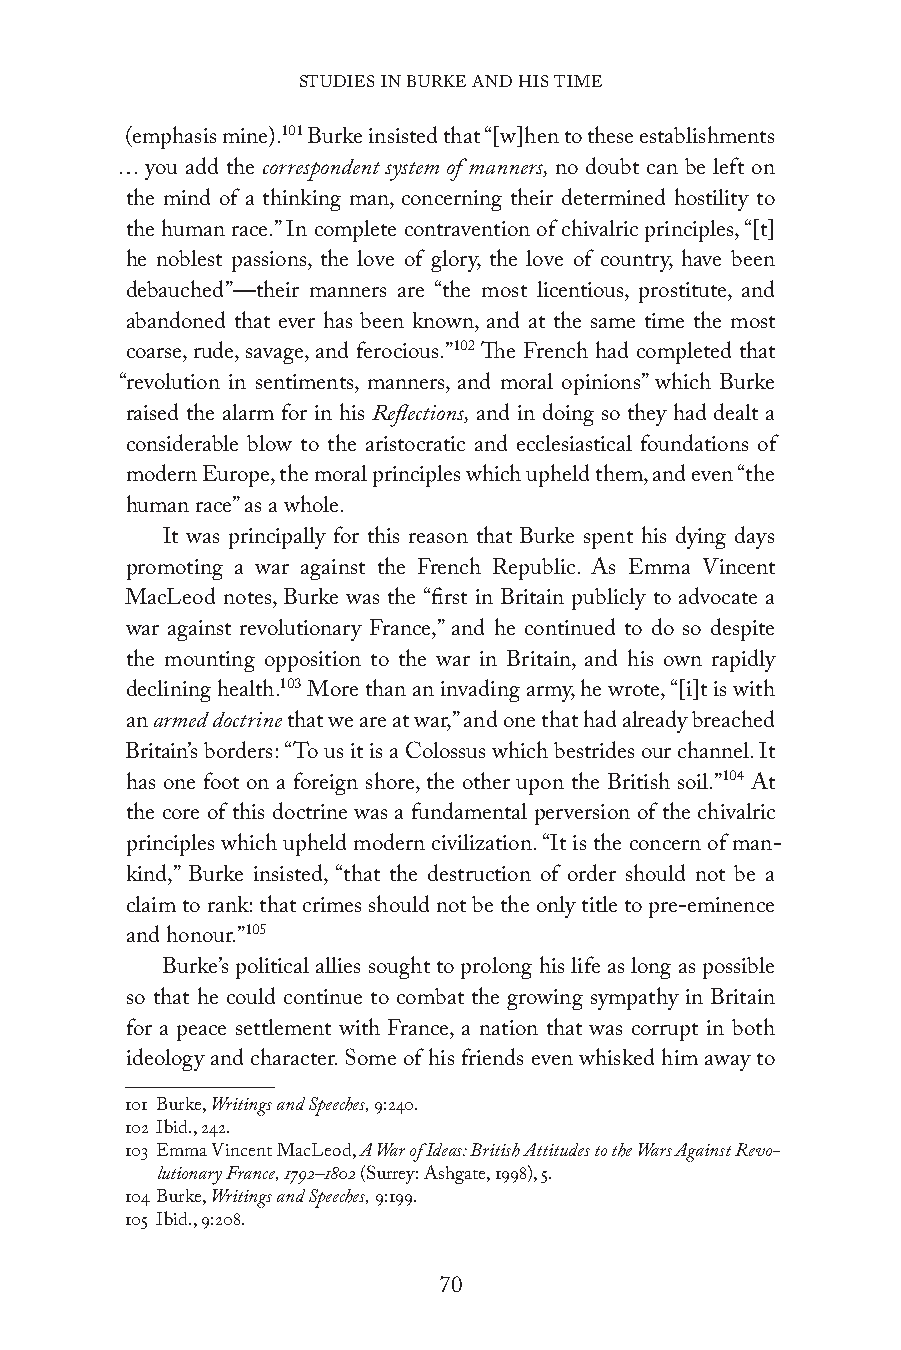
STUDIES IN BURKE AND HIS TIME
 (emphasis mine).101 Burke insisted that “[w]hen to these establishments
 … you add the correspondent system of manners, no doubt can be left on
 the mind of a thinking man, concerning their determined hostility to
 the human race.” In complete contravention of chivalric principles, “[t]
 he noblest passions, the love of glory, the love of country, have been
 debauched”—their manners are “the most licentious, prostitute, and
 abandoned that ever has been known, and at the same time the most
 coarse, rude, savage, and ferocious.”102 The French had completed that
 “revolution in sentiments, manners, and moral opinions” which Burke
 raised the alarm for in his Reflections, and in doing so they had dealt a
 considerable blow to the aristocratic and ecclesiastical foundations of
 modern Europe, the moral principles which upheld them, and even “the
 human race” as a whole.
 It was principally for this reason that Burke spent his dying days
 promoting a war against the French Republic. As Emma Vincent
 MacLeod notes, Burke was the “first in Britain publicly to advocate a
 war against revolutionary France,” and he continued to do so despite
 the mounting opposition to the war in Britain, and his own rapidly
 declining health.103 More than an invading army, he wrote, “[i]t is with
 an armed doctrine that we are at war,” and one that had already breached
 Britain’s borders: “To us it is a Colossus which bestrides our channel. It
 has one foot on a foreign shore, the other upon the British soil.”104 At
 the core of this doctrine was a fundamental perversion of the chivalric
 principles which upheld modern civilization. “It is the concern of man-
 kind,” Burke insisted, “that the destruction of order should not be a
 claim to rank: that crimes should not be the only title to pre-eminence
 and honour.”105
 Burke’s political allies sought to prolong his life as long as possible
 so that he could continue to combat the growing sympathy in Britain
 for a peace settlement with France, a nation that was corrupt in both
 ideology and character. Some of his friends even whisked him away to
 101 Burke, Writings and Speeches, 9:240.
 102 Ibid., 242.
 103 Emma Vincent MacLeod, A War of Ideas: British Attitudes to the Wars Against Revo-
 lutionary France, 1792–1802 (Surrey: Ashgate, 1998), 5.
 104 Burke, Writings and Speeches, 9:199.
 105 Ibid., 9:208.
 70